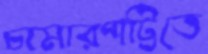
চামারপট্টিতে